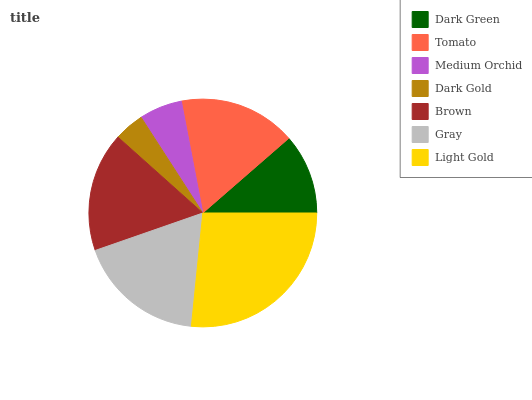
| Dark Green | Tomato | Medium Orchid | Dark Gold | Brown | Gray | Light Gold |
 | --- | --- | --- | --- | --- | --- | --- |
 | 11.4% | 16.6% | 6.1% | 4.27% | 16.9% | 18.2% | 26.6% |